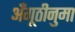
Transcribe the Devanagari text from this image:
अँगूठीनुमा